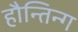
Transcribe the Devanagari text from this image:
हौन्तिन्ग